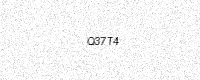
Text: Q37T4